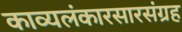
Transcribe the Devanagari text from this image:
काव्यलंकारसारसंग्रह